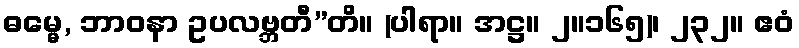
ဓမ္မေ, ဘာဝနာ ဥပလဗ္ဘတီ”တိ။ (ပါရာ။ အဋ္ဌ။ ၂။၁၆၅)၊ ၂၃၂။ ဧဝံ